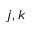
j , k